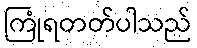
ကြုံရတတ်ပါသည်